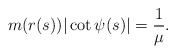
\begin{align*}m(r(s))|\cot\psi(s)|=\frac{1}{\mu}.\end{align*}